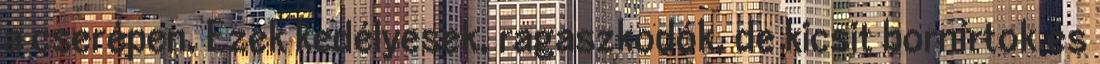
a cserépen. Ezek kedélyesek, ragaszkodók, de kicsit bornírtok és